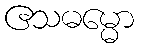
ဧသဓမ္မော